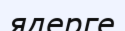
ядерге